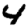
Digit: 4